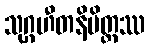
သုဂ္ဂဟီတနိမိတ္တဿ